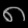
Digit: ၈